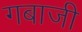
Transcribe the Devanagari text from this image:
गबाजी